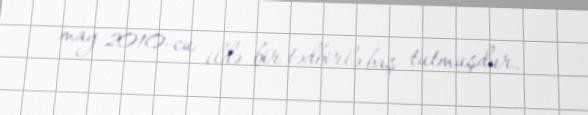
may 2010-cu ildə bir tədbirlə baş tutmuşdur.